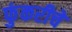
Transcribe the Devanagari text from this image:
फुंकरीचे